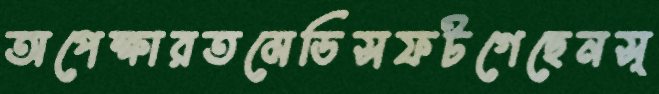
অপেক্ষারতমেডিসফটগেছেনস্